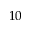
^ { 1 0 }